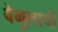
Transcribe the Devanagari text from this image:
वेमुलाची